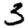
Digit: 3